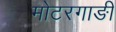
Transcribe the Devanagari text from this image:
मोटरगाङी